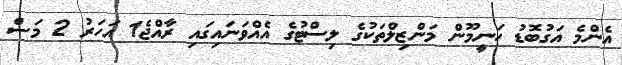
އެންމެ އަގުބޮޑު ހަނީމޫން މަންޒިލްތަކުގެ ލިސްޓުގެ އެއްވަނައިގައި ރާއްޖެ1 އަހަރު 2 މަސް